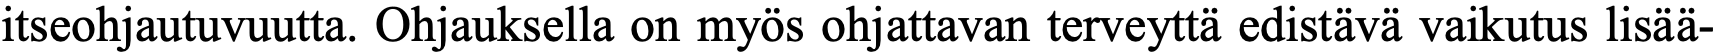
itseohjautuvuutta. Ohjauksella on myös ohjattavan terveyttä edistävä vaikutus lisää-